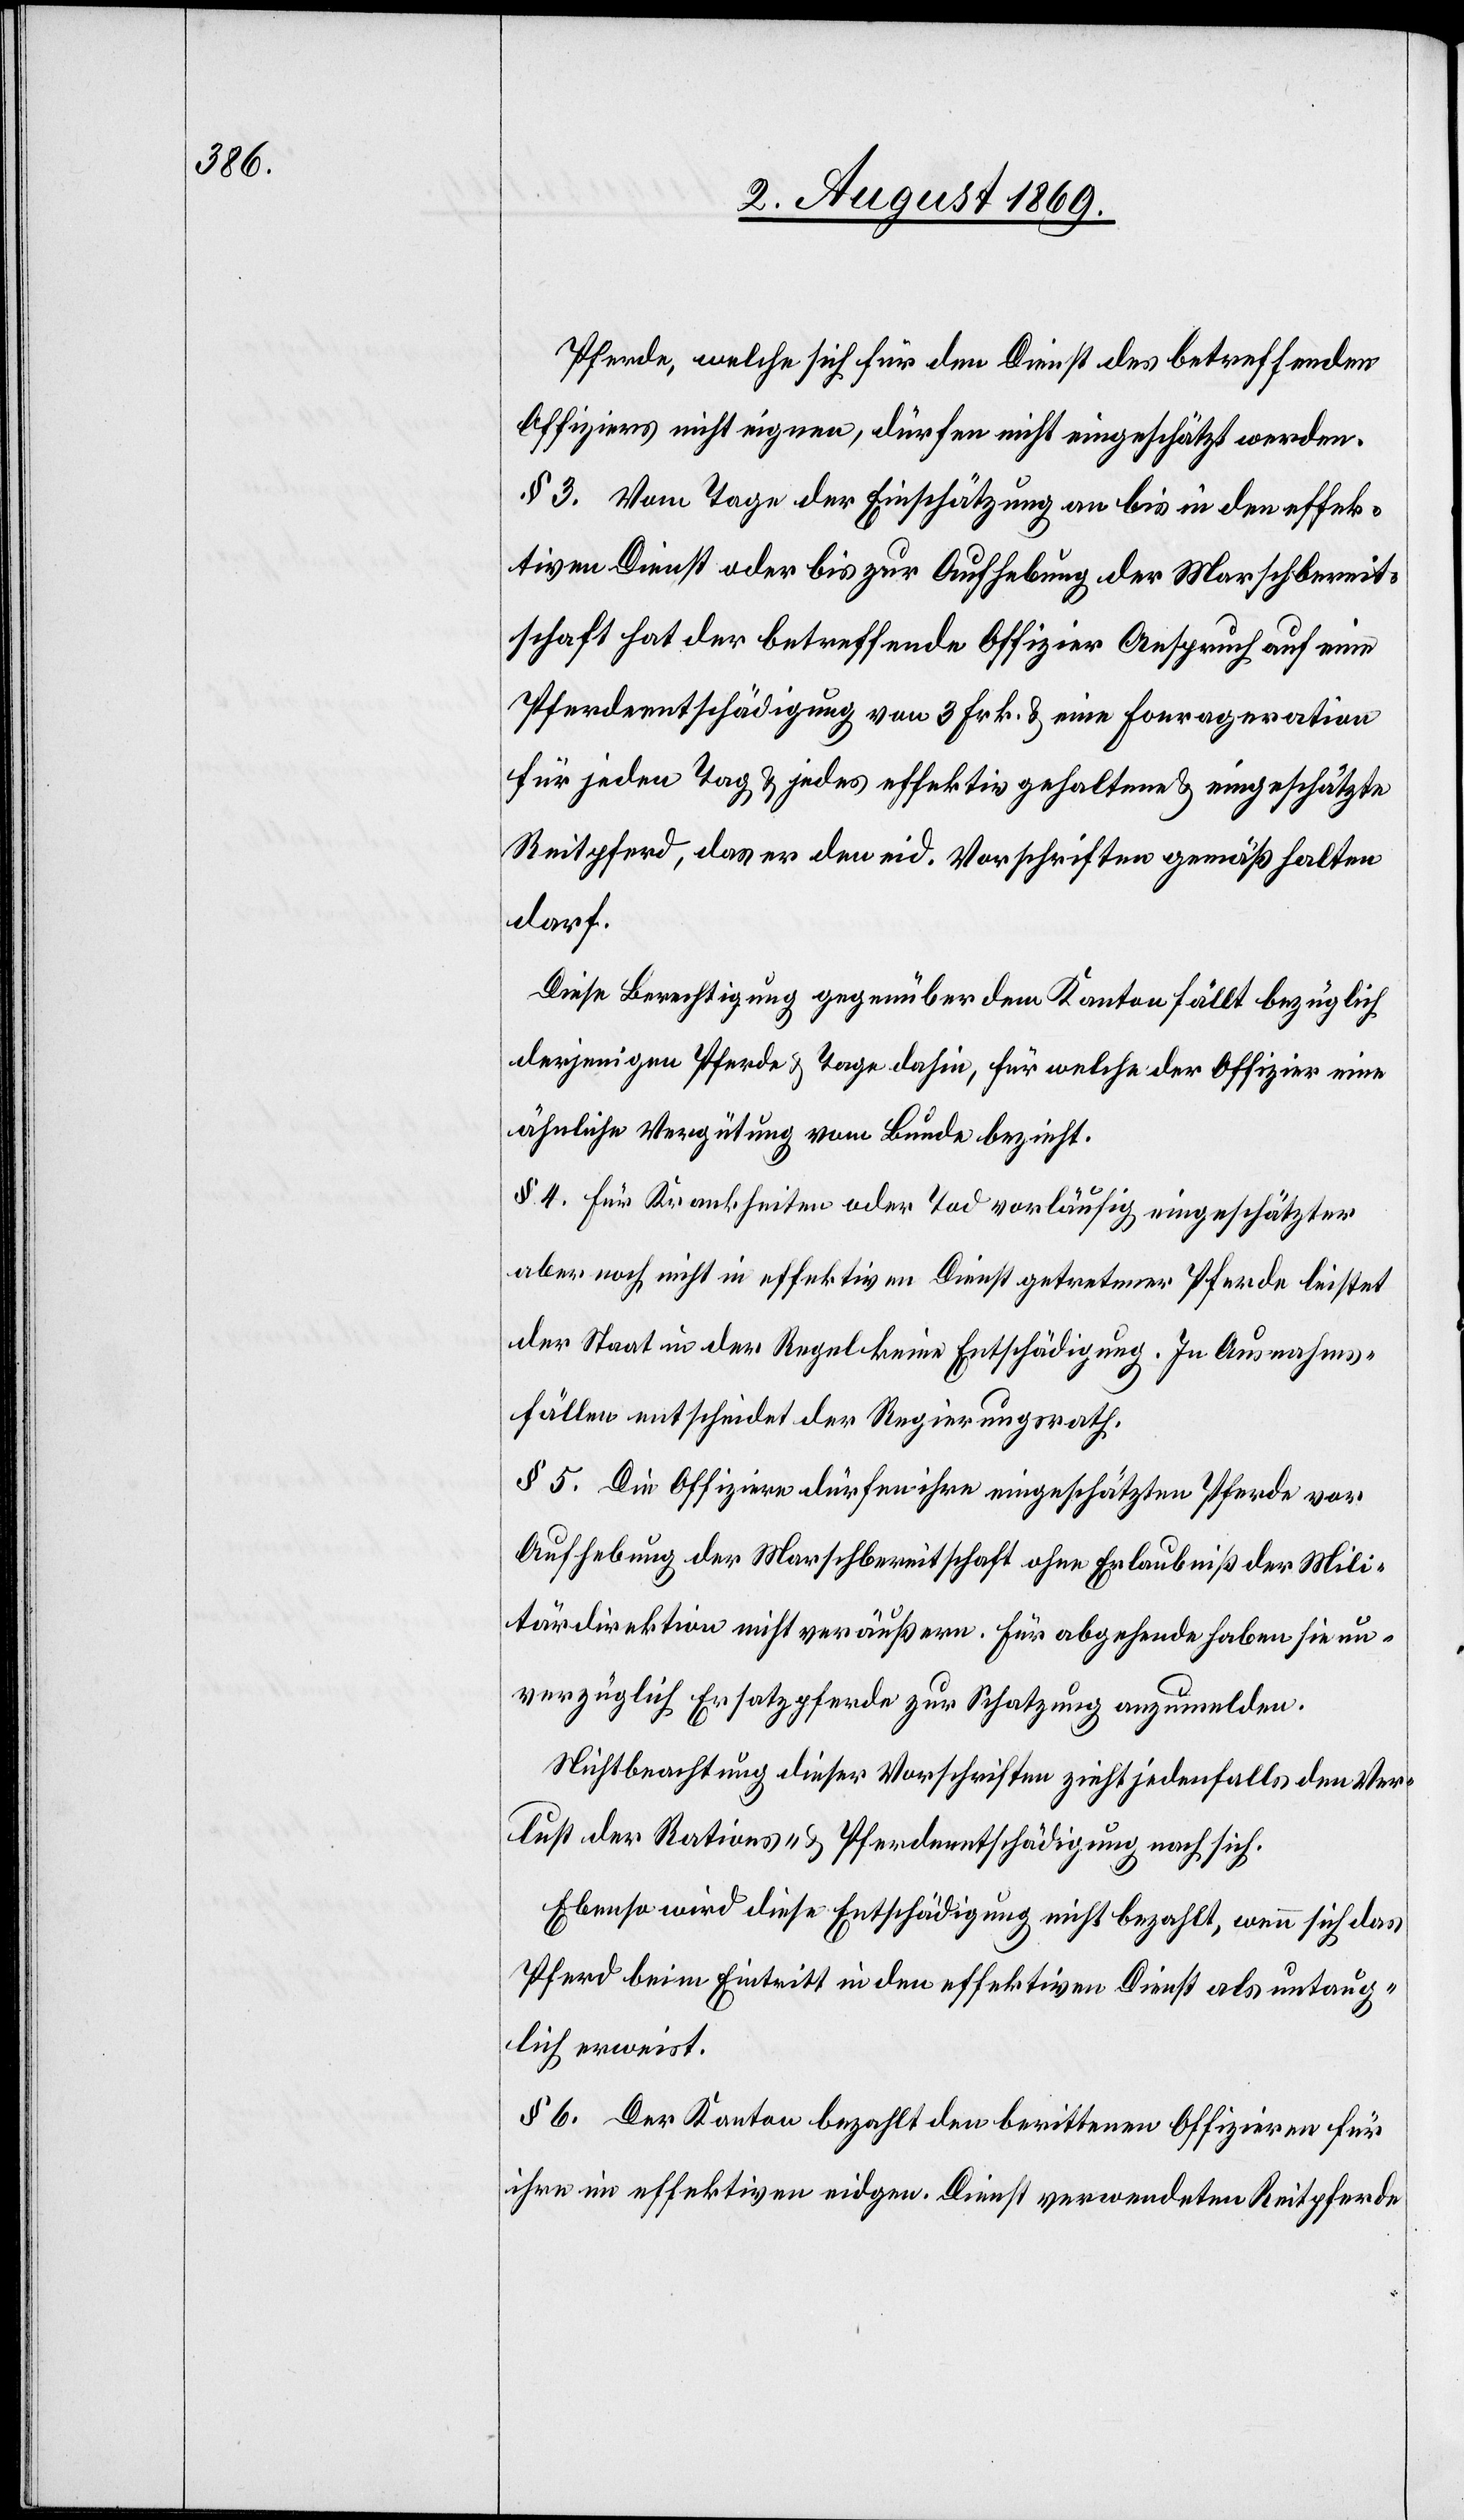
Pferde, welche sich für den Dienst des betreffenden
Offiziers nicht eignen, dürfen nicht eingeschätzt werden.
§ 3. Vom Tage der Einschätzung an bis in den effek¬
tiven Dienst oder bis zur Aufhebung der Marschbereit¬
schaft hat der betreffende Offizier Anspruch auf eine
Pferdeentschädigung von 3 Frk. & eine Fonrageration
für jeden Tag & jedes effektiv gehaltene & eingeschätzte
Reitpferd, das er den eid. Vorschriften gemäß halten
darf.
Diese Berechtigung gegenüber dem Kanton fällt bezüglich
derjenigen Pferde & Tage dahin, für welche der Offizier eine
ähnliche Vergütung vom Bunde bezieht.
§ 4. Für Krankheiten oder Tod vorläufig eingeschätzter
aber noch nicht in effektiven Dienst getretener Pferde leistet
der Staat in der Regel keine Entschädigung. In Ausnahms¬
fällen entscheidet der Regierungsrath.
§ 5. Die Offiziere dürfen ihre eingeschätzten Pferde vor
Aufhebung der Marschbereitschaft ohne Erlaubniß der Mili¬
tärdirektion nicht veräußern. Für abgehende haben sie un¬
verzüglich Ersatzpferde zur Schatzung anzumelden.
Nichtbeachtung dieser Vorschriften zieht jedenfalls den Ver¬
lust der Rations- & Pferdeentschädigung nach sich.
Ebenso wird diese Entschädigung nicht bezahlt, wenn sich das
Pferd beim Eintritt in den effektiven Dienst als untaug¬
lich erweist.
§ 6. Der Kanton bezahlt den berittenen Offizieren für
ihre im effektiven eidgen. Dienst verwendeten Reitpferde